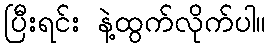
ပြီးရင်း နဲ့ထွက်လိုက်ပါ။